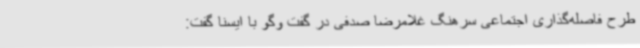
طرح فاصله‌گذاری اجتماعی سرهنگ غلامرضا صدفی در گفت وگو با ایسنا گفت: